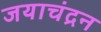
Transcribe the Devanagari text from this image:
जयाचंद्रन